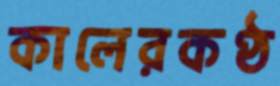
কালেরকণ্ঠ